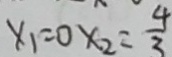
x _ { 1 } = 0 x _ { 2 } = \frac { 4 } { 3 }